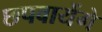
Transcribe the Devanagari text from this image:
छपवायेंगे